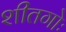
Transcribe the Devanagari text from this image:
शीतगोः